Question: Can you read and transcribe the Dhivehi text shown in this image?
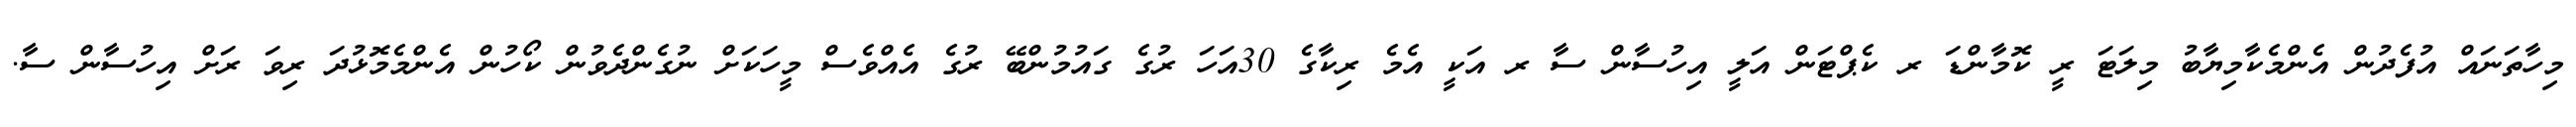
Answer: މިހާތަނައް އުފެދުން އެންމެކާމިޔާބު މިލަޓަ ރީ ކޮމާންޑަ ރ ކެޕްޓަން އަލީ އިހުސާން ސާ ރ އަކީ އެމެ ރިކާގެ 30އަހަ ރުގެ ގައުމުންބޭ ރުގެ އެއްވެސް މީހަކަށް ނުގެންދެވުން ކޯހުން އެންމެމޮޅުދަ ރިވަ ރަށް އިހުސާން ސާ.